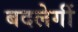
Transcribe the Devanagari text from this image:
बदलेगीं